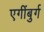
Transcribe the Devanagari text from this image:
एगींबुर्ग